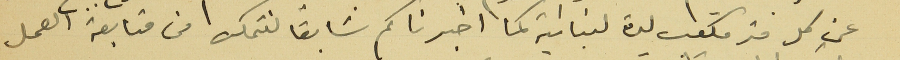
عن كل متر مكتب ليرة لبنانية كما اخبرناكم سَابقاً لنتمكن من متابعة العمل